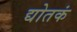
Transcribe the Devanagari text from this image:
द्योतकं